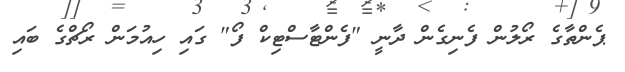
ޕެންތާގެ ރޯލުން ފެނިގެން ދާނީ "ފެންޓާސްޓިކް ފޯ" ގައި ހިއުމަން ރޯޗްގެ ބައި